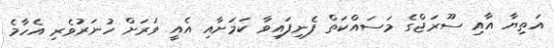
އަތިޔާ އާއި ސޫރަޖްގެ މަސައްކަތް ފެނިފައިވާ ކަމަށާއި އެއީ ވަރަށް ހުނަރުވެރި އެހާމެ